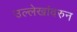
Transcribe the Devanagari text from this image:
उल्लेखांवरुन